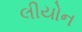
લીયોન